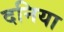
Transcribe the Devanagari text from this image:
दनिया